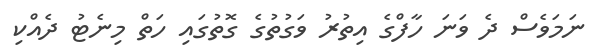
ނަމަވެސް ދެ ވަނަ ހާފްގެ އިތުރު ވަގުތުގެ ގޮތުގައި ހަތް މިނެޓު ދެއްކި